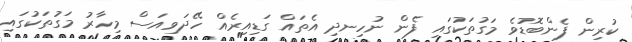
ކުރިން ފެންބޮޑުވެ މަގުތަކުގައި ފެން ނުހިނދި އެތައް ގަޑިއިރެއް ހޭދަވިއަސް މިހާރު މަގުތަކުގައި